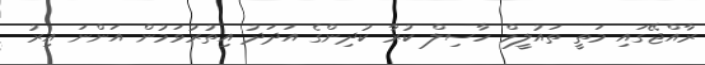
ރާއްޖޭގައި މަތީ ތައުލީމް ހާސިލް ކުރާ ކުދިންގެ އަދަދު އިތުރުވަމުން އަންނަ އިރު